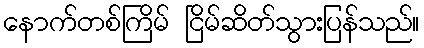
နောက်တစ်ကြိမ် ငြိမ်ဆိတ်သွားပြန်သည်။